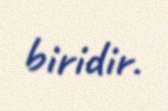
biridir.